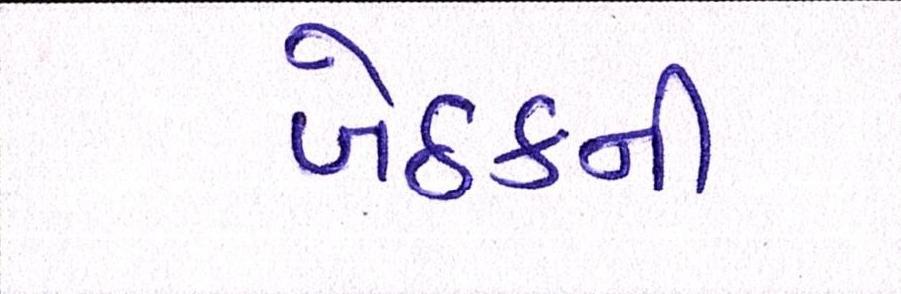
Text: બેઠકની